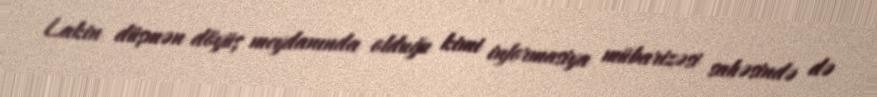
Lakin düşmən döyüş meydanında olduğu kimi informasiya mübarizəsi sahəsində də